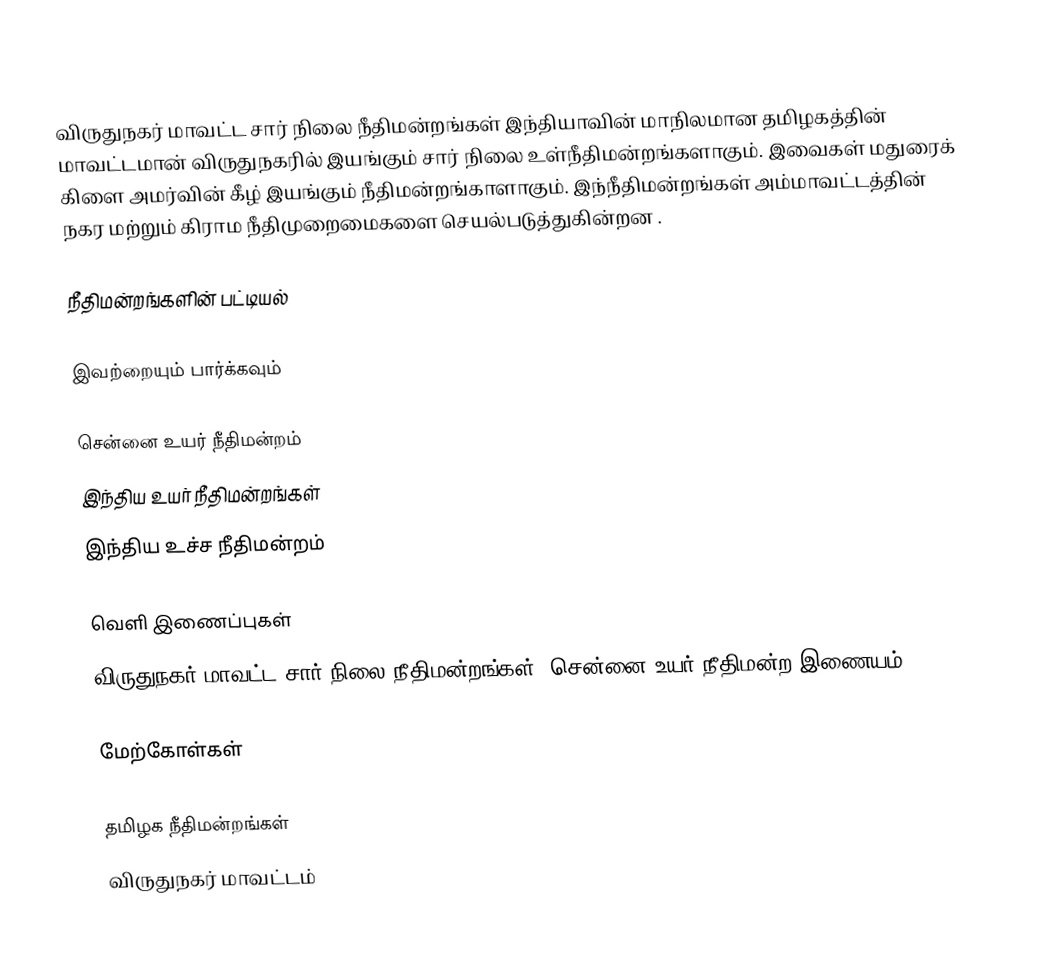
விருதுநகர் மாவட்ட சார் நிலை நீதிமன்றங்கள் இந்தியாவின் மாநிலமான தமிழகத்தின் மாவட்டமான் விருதுநகரில் இயங்கும் சார் நிலை உள்நீதிமன்றங்களாகும். இவைகள் மதுரைக் கிளை அமர்வின் கீழ் இயங்கும் நீதிமன்றங்காளாகும். இந்நீதிமன்றங்கள் அம்மாவட்டத்தின் நகர மற்றும் கிராம நீதிமுறைமைகளை செயல்படுத்துகின்றன .

நீதிமன்றங்களின் பட்டியல்

இவற்றையும் பார்க்கவும்

சென்னை உயர் நீதிமன்றம்
இந்திய உயர் நீதிமன்றங்கள்
இந்திய உச்ச நீதிமன்றம்

வெளி இணைப்புகள்
விருதுநகர் மாவட்ட சார் நிலை நீதிமன்றங்கள் -சென்னை உயர் நீதிமன்ற இணையம்

மேற்கோள்கள்

தமிழக நீதிமன்றங்கள்
விருதுநகர் மாவட்டம்